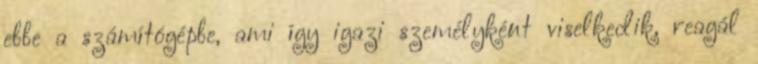
ebbe a számítógépbe, ami így igazi személyként viselkedik, reagál